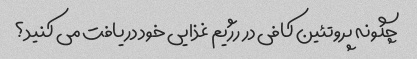
چگونه پروتئین کافی در رژیم غذایی خود دریافت می کنید؟